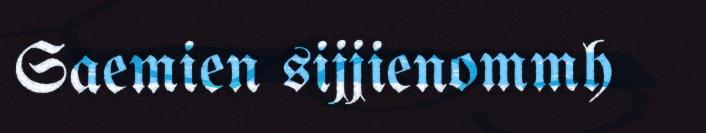
Saemien sijjienommh